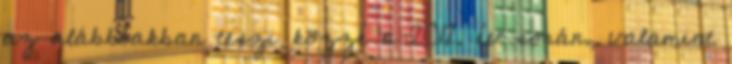
az alábbiakban teszi közzé a 2012. év során, valamint